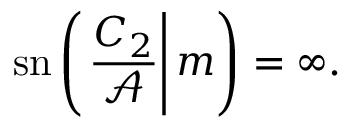
\mathrm { s n } \left( \left. \frac { C _ { 2 } } { \mathcal { A } } \right| m \right) = \infty .